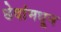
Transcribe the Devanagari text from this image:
छेदांमधून